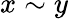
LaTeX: x\sim y